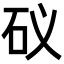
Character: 𥐟